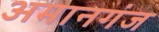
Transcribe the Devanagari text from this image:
अमानगंज